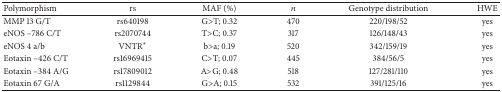
<table><thead><tr><td><b>Polymorphism</b></td><td><b>rs</b></td><td><b>MAF (%)</b></td><td><b><i>n</i></b></td><td><b>Genotype distribution</b></td><td><b>HWE</b></td></tr></thead><tbody><tr><td>MMP 13 G/T</td><td>rs640198</td><td>G&gt;T; 0.32</td><td>470</td><td>220/198/52</td><td>yes</td></tr><tr><td>eNOS –786 C/T</td><td>rs2070744</td><td>T&gt;C; 0.37</td><td>317</td><td>126/148/43</td><td>yes</td></tr><tr><td>eNOS 4 a/b</td><td>VNTR<sup><i>∗</i></sup></td><td>b&gt;a; 0.19</td><td>520</td><td>342/159/19</td><td>yes</td></tr><tr><td>Eotaxin –426 C/T</td><td>rs16969415</td><td>C&gt;T; 0.07</td><td>445</td><td>384/56/5</td><td>yes</td></tr><tr><td>Eotaxin –384 A/G</td><td>rs17809012</td><td>A&gt;G; 0.48</td><td>518</td><td>127/281/110</td><td>yes</td></tr><tr><td>Eotaxin 67 G/A</td><td>rs1129844</td><td>G&gt;A; 0.15</td><td>532</td><td>391/125/16</td><td>yes</td></tr></tbody></table>